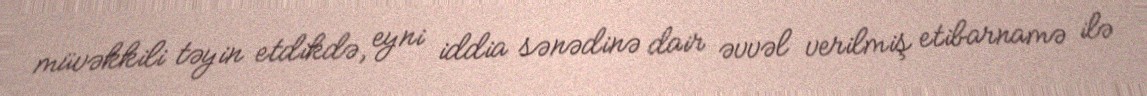
müvəkkili təyin etdikdə, eyni iddia sənədinə dair əvvəl verilmiş etibarnamə ilə